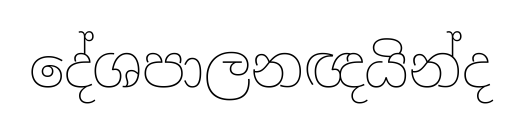
දේශපාලනඥයින්ද